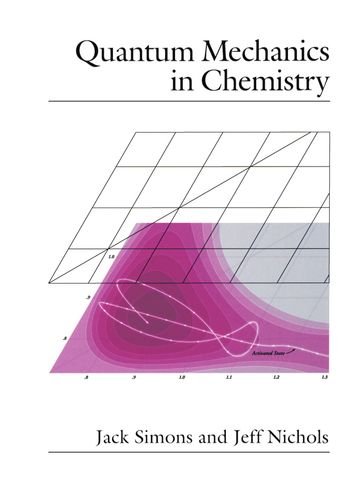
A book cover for Quantum Mechanics in Chemistry (Topics in Physical Chemistry); Jack Simons; Science & Math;